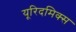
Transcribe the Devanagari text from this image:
यूरिदमिक्स